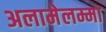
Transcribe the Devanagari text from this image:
अलामेलम्मा